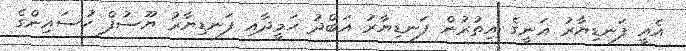
އެއީ ފަނޑިޔާރު ޣަނީގެ އިތުރުން ފަނޑިޔާރު އަބްދު ހަމީދާއި ފަނޑިޔާރު ޔޫސުފް ހުސައިންގެ